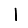
Digit: 1